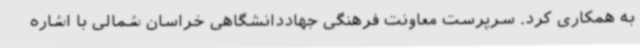
به همکاری کرد. سرپرست معاونت فرهنگی جهاددانشگاهی خراسان شمالی با اشاره